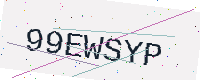
Text: 99EWSYP